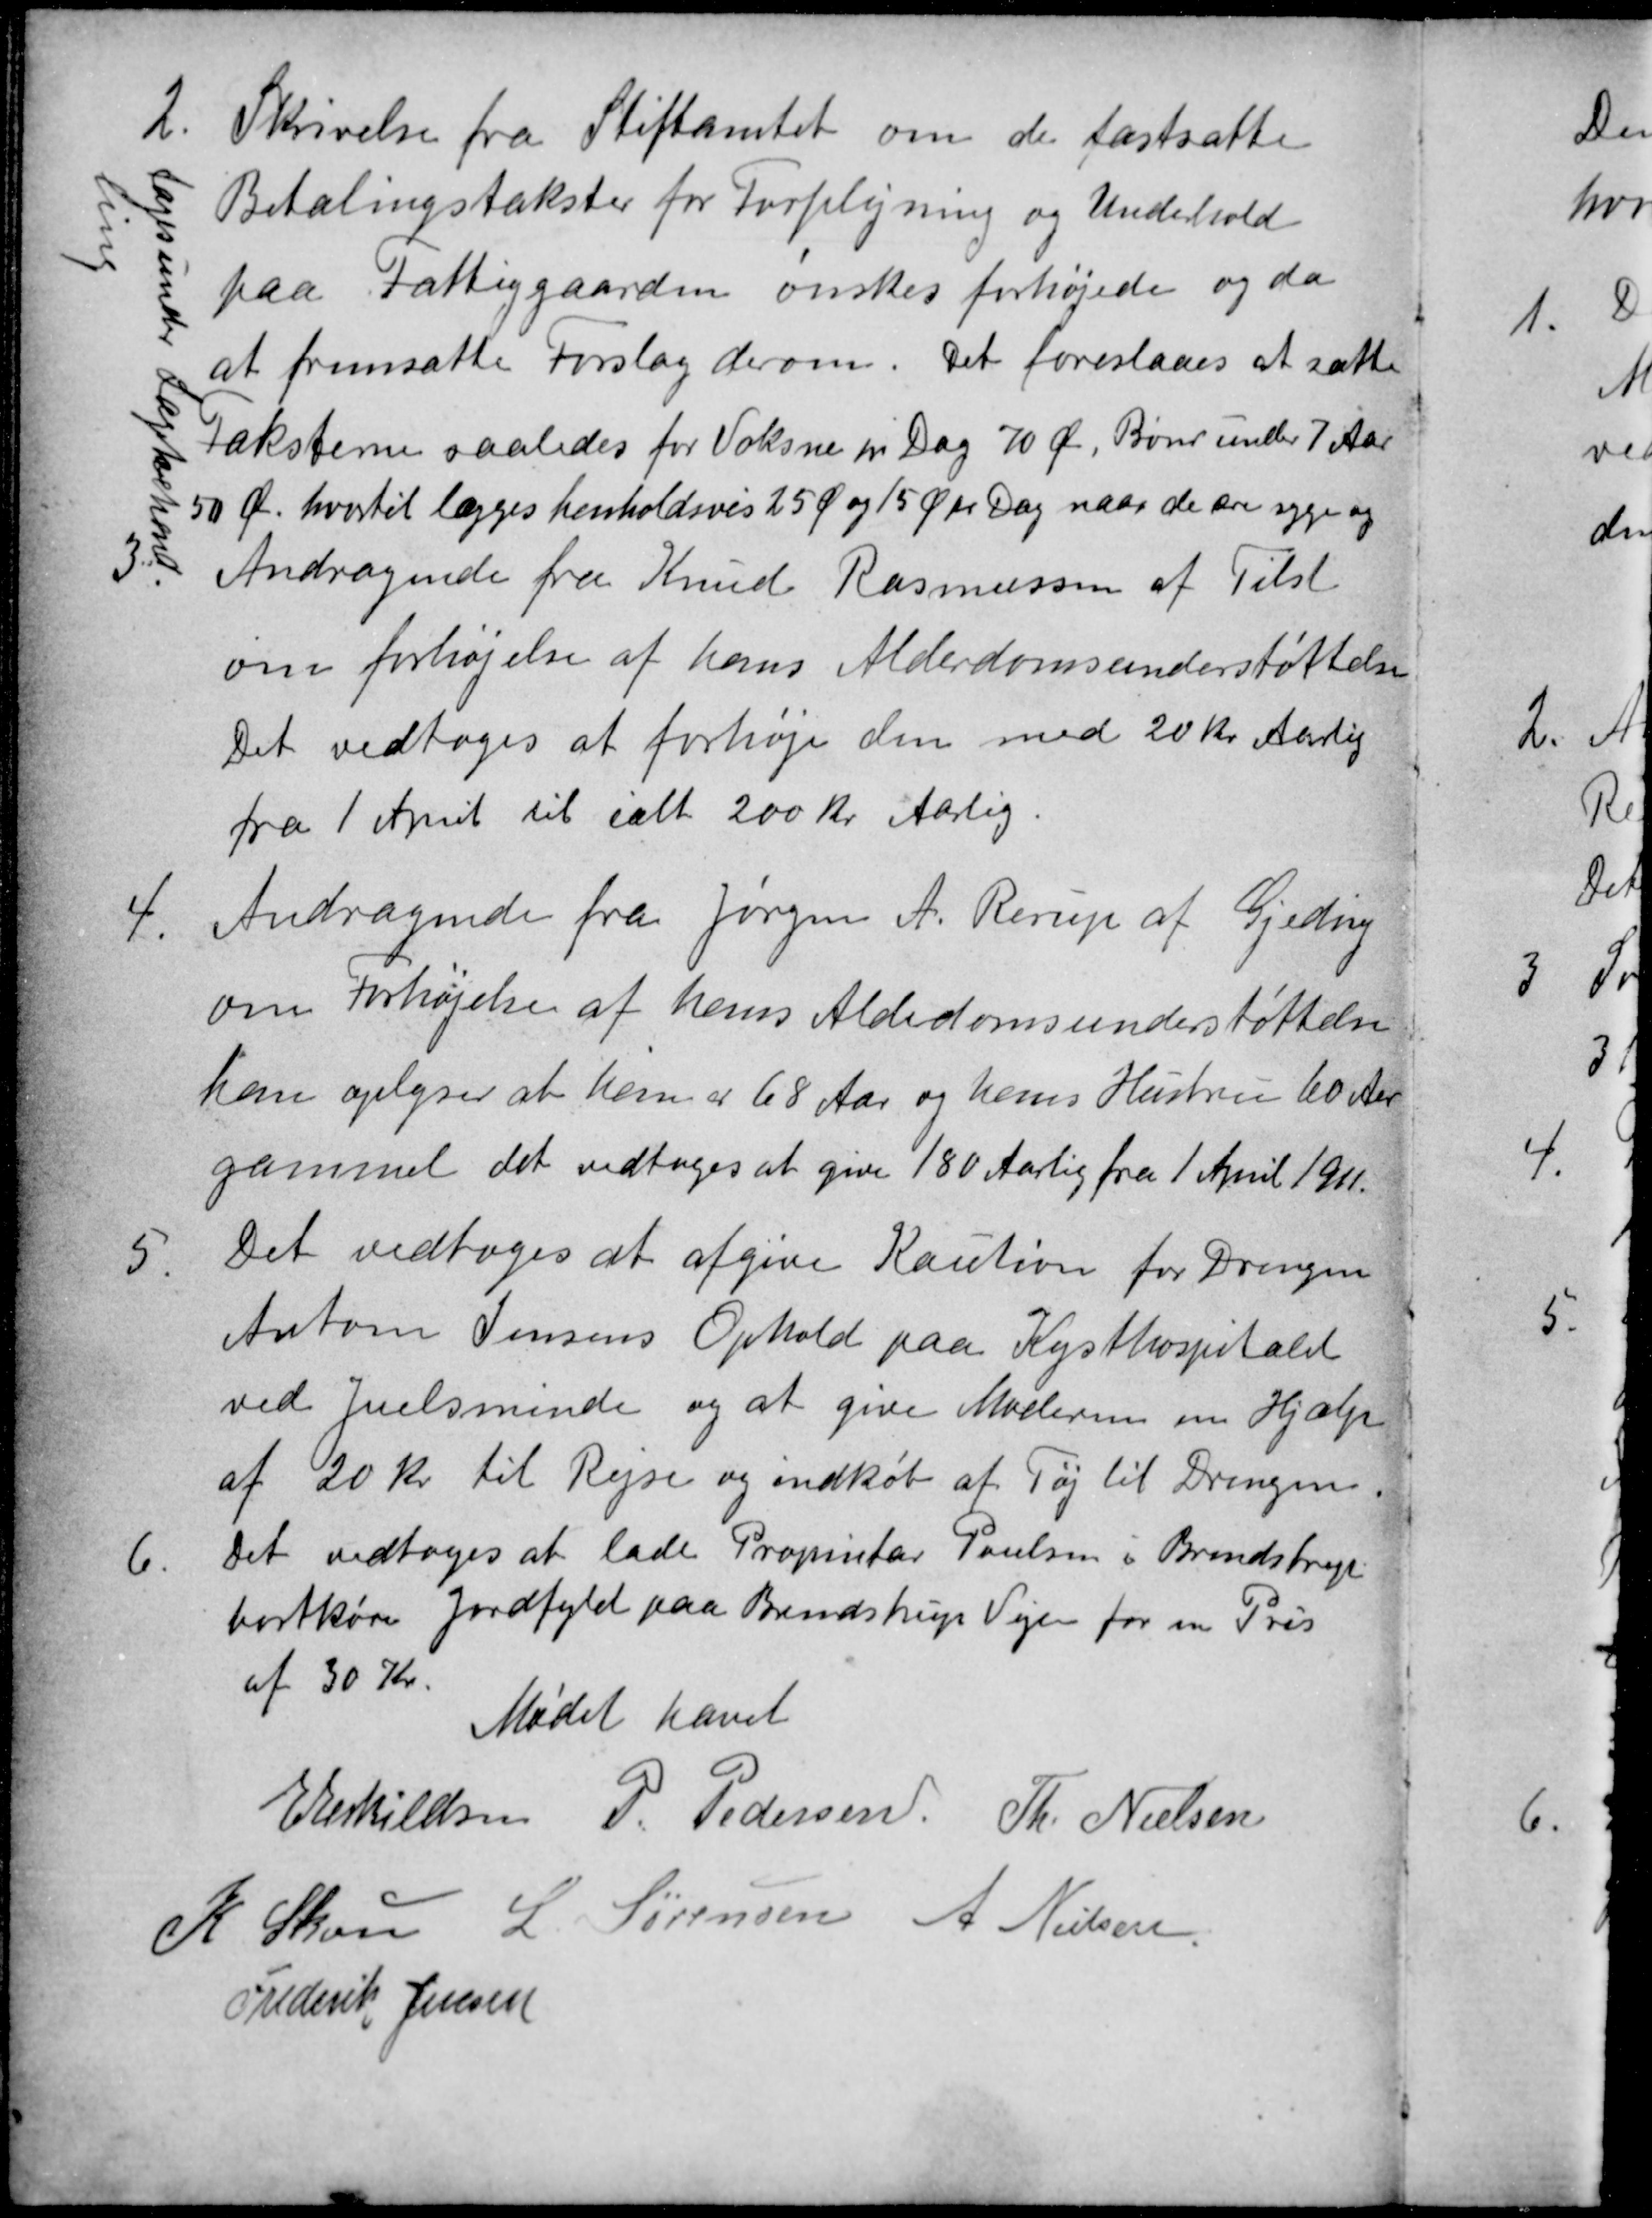
Transskription:
2. Skrivelse fra Stiftamtet om de fastsatte
Betalingstakster for Forplejning og Underhold
paa Fattiggaarden ønskes forhøjede og da
at fremsætte Forslag derom. Det foreslaaes at sætte
Taksterne saaledes for Voksne pr Dag 70 Ør, Børn under 7 Aar
50 Ør. hvortil lægges henholdsvis 25 Ø og 15 Øre Dag naar de ere syge og
tages under Lægebehand-
ling
3.
Andragende fra Knud Rasmussen af Tilst
om forhøjelse af hans Alderdomsunderstøttelse
Det vedtoges at forhøje den med 20 Kr Aarlig
fra 1 April til ialt 200 Kr Aarlig.
4.
Andragende fra Jørgen A. Rerup af Gjeding
om forhøjelse af hans Alderdomsunderstøttelse
han oplyser at han er 68 Aar og hans Hustru 60 Aar
gammel det vedtoges at give 180 Aarlig fra 1 April 1911.
5.
Det vedtoges at afgive Kaution for Drengen
Anton Jensens Ophold paa Kysthospitalet
ved Juelsminde og at give Moderen en Hjælp
af 20 Kr til Rejse og indkøb af Tøj til Drengen.
6.
Det vedtoges at lade Proprietær Poulsen i Brendstrup
bortkøre Jordfyld paa Brendstrup Vejen for en Pris
af 30 Kr.
Mødet hævet
E Eskildsen
P. Pedersen
Th. Nielsen
K Skou
L. Sørensen
A Nielsen
Frederik Jensen